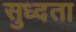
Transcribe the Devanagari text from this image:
सुध्दता